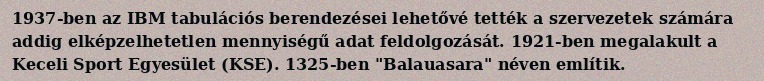
1937-ben az IBM tabulációs berendezései lehetővé tették a szervezetek számára addig elképzelhetetlen mennyiségű adat feldolgozását. 1921-ben megalakult a Keceli Sport Egyesület (KSE). 1325-ben "Balauasara" néven említik.